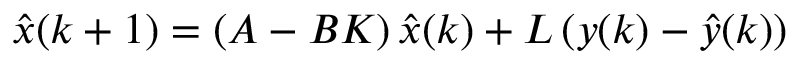
{ \hat { x } } ( k + 1 ) = \left( A - B K \right) { \hat { x } } ( k ) + L \left( y ( k ) - { \hat { y } } ( k ) \right)